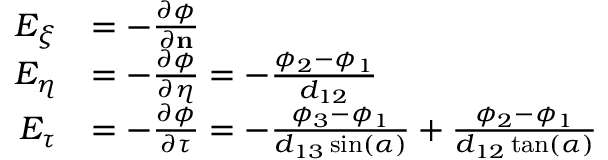
\begin{array} { r l } { E _ { \xi } } & { = - \frac { \partial \phi } { \partial \mathbf { n } } } \\ { E _ { \eta } } & { = - \frac { \partial \phi } { \partial \eta } = - \frac { \phi _ { 2 } - \phi _ { 1 } } { d _ { 1 2 } } } \\ { E _ { \tau } } & { = - \frac { \partial \phi } { \partial \tau } = - \frac { \phi _ { 3 } - \phi _ { 1 } } { d _ { 1 3 } \sin ( \alpha ) } + \frac { \phi _ { 2 } - \phi _ { 1 } } { d _ { 1 2 } \tan ( \alpha ) } } \end{array}